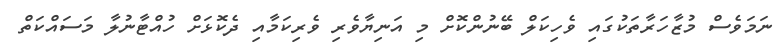
ނަމަވެސް މުޒާހަރާތަކުގައި ވެހިކަލް ބޭނުންކޮށް މި އަނިޔާވެރި ވެރިކަމާއި ދެކޮޅަށް ހުއްޓާނުލާ މަސައްކަތް